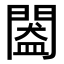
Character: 𨵲